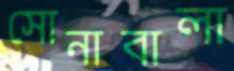
সোনাবালা